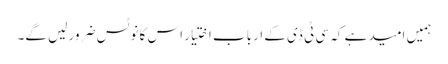
ہمیں امید ہے کہ سی ٹی ڈی کے ارباب اختیار اس کا نوٹس ضرور لیں گے۔